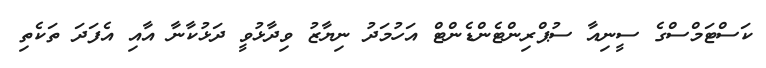
ކަސްޓަމްސްގެ ސީނިއާ ސުޕްރިންޓެންޑެންޓް އަހުމަދު ނިޔާޒު ވިދާޅުވީ ދަޅުކާނާ އާއި އެފަދަ ތަކެތި